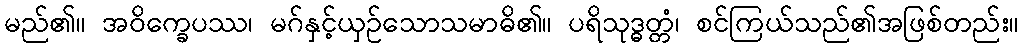
မည်၏။ အဝိက္ခေပဿ၊ မဂ်နှင့်ယှဉ်သောသမာဓိ၏။ ပရိသုဒ္ဓတ္တံ၊ စင်ကြယ်သည်၏အဖြစ်တည်း။